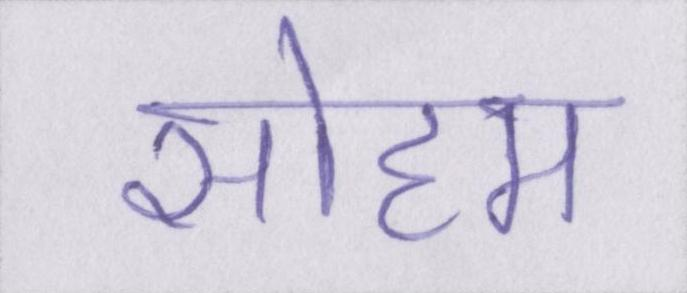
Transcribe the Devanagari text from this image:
सोहम